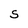
Character: S